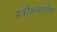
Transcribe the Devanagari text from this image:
स्त्रीरूपातील